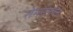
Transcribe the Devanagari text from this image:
रोमनंतरचे